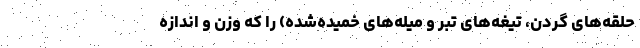
حلقه‌های گردن، تیغه‌های تبر و میله‌های خمیده‌شده‌) را که وزن و اندازه